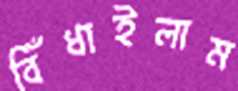
বিঁধাইলাম